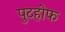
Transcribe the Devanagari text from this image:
पुटहोफ